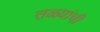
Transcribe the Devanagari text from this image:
तळ्यांची